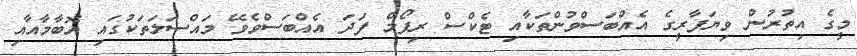
މީގެ އިތުރުން ވިޔަފާރީގެ އެއްބަސްވުންތަކާއި ޓެކްސް ރިފޯމް ފަދަ އެއްބަސްވެވޭ މައްސަލަތަކުގައި އޮބާމާއާއި